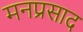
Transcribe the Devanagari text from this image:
मनप्रसाद